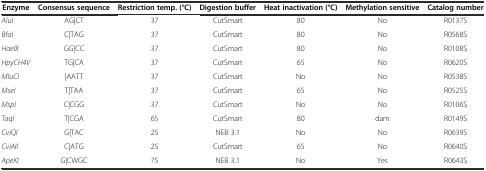
<table><thead><tr><td><b>Enzyme</b></td><td><b>Consensus sequence</b></td><td><b>Restriction temp. (°C)</b></td><td><b>Digestion buffer</b></td><td><b>Heat inactivation (°C)</b></td><td><b>Methylation sensitive</b></td><td><b>Catalog number</b></td></tr></thead><tbody><tr><td><i>AluI</i></td><td>AG|CT</td><td>37</td><td>CutSmart</td><td>80</td><td>No</td><td>R0137S</td></tr><tr><td><i>BfaI</i></td><td>C|TAG</td><td>37</td><td>CutSmart</td><td>80</td><td>No</td><td>R0568S</td></tr><tr><td><i>HaeIII</i></td><td>GG|CC</td><td>37</td><td>CutSmart</td><td>80</td><td>No</td><td>R0108S</td></tr><tr><td><i>HpyCH4V</i></td><td>TG|CA</td><td>37</td><td>CutSmart</td><td>65</td><td>No</td><td>R0620S</td></tr><tr><td><i>MluCI</i></td><td>|AATT</td><td>37</td><td>CutSmart</td><td>No</td><td>No</td><td>R0538S</td></tr><tr><td><i>MseI</i></td><td>T|TAA</td><td>37</td><td>CutSmart</td><td>65</td><td>No</td><td>R0525S</td></tr><tr><td><i>MspI</i></td><td>C|CGG</td><td>37</td><td>CutSmart</td><td>No</td><td>No</td><td>R0106S</td></tr><tr><td><i>TaqI</i></td><td>T|CGA</td><td>65</td><td>CutSmart</td><td>80</td><td>dam</td><td>R0149S</td></tr><tr><td><i>CviQI</i></td><td>G|TAC</td><td>25</td><td>NEB 3.1</td><td>No</td><td>No</td><td>R0639S</td></tr><tr><td><i>CviAII</i></td><td>C|ATG</td><td>25</td><td>CutSmart</td><td>65</td><td>No</td><td>R0640S</td></tr><tr><td><i>ApeKI</i></td><td>G|CWGC</td><td>75</td><td>NEB 3.1</td><td>No</td><td>Yes</td><td>R0643S</td></tr></tbody></table>